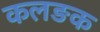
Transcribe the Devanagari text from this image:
कलङक